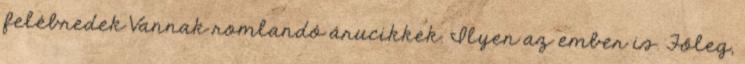
felébredek Vannak romlandó árucikkek. Ilyen az ember is. Főleg,